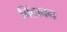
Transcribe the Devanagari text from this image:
बिंद्राबन